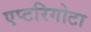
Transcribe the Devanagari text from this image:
एप्टरिगोटा